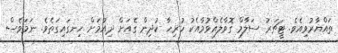
ތައްޔާރުވިއެވެ. ޓީޗަރު ސަލާމް ގޮވާލެއްވުމާއެކު ހުރިހާ ކުދިން ގެއަށް ދިއުމަށް ހިނގައިގަތެވެ. ނަމަވެސް